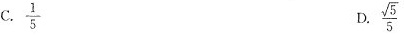
C.\frac{1}{5} D. \frac{ \sqrt{5}}{5}